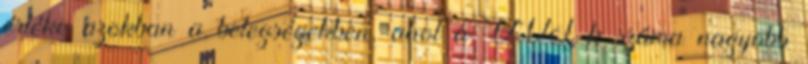
értéke azokban a betegségekben, ahol a VVT-k száma nagyobb